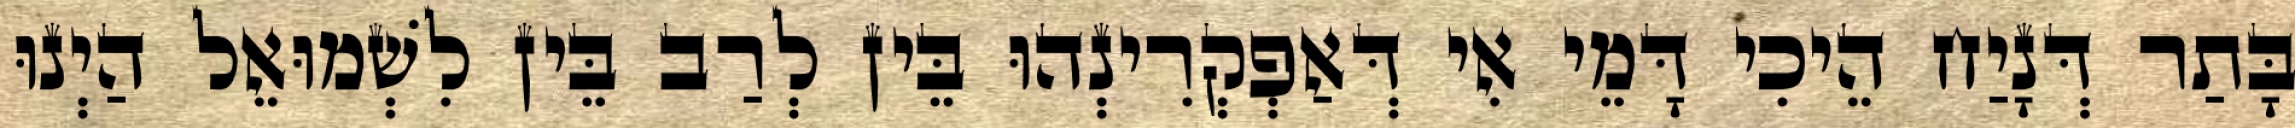
בָּתַר דְּנָיַח הֵיכִי דָּמֵי אִי דְּאַפְקְרִינְהוּ בֵּין לְרַב בֵּין לִשְׁמוּאֵל הַיְנוּ